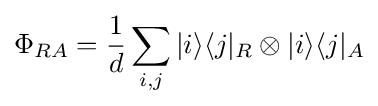
\Phi _{RA}={\frac {1}{d}}\sum _{i,j}|i\rangle \langle j|_{R}\otimes |i\rangle \langle j|_{A}